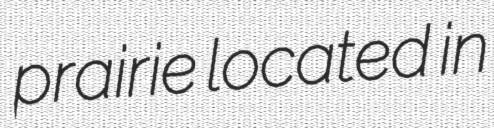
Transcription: prairie located in